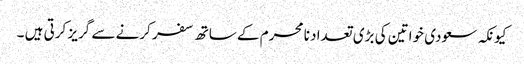
کیونکہ سعودی خواتین کی بڑی تعداد نا محرم کے ساتھ سفر کرنے سے گریز کرتی ہیں ۔